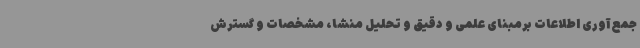
جمع‌آوری اطلاعات برمبنای علمی و دقیق و تحلیل منشا، مشخصات و گسترش